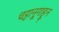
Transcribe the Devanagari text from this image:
चट्टानूगाहून